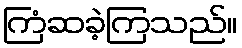
ကြံဆခဲ့ကြသည်။